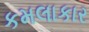
કમલાકાર